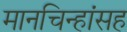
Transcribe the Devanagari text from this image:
मानचिन्हांसह